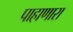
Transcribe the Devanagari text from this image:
पाहाणारा